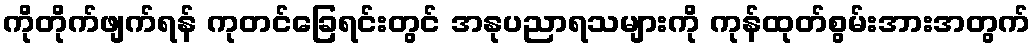
ကိုတိုက်ဖျက်ရန် ကုတင်ခြေရင်းတွင် အနုပညာရသများကို ကုန်ထုတ်စွမ်းအားအတွက်